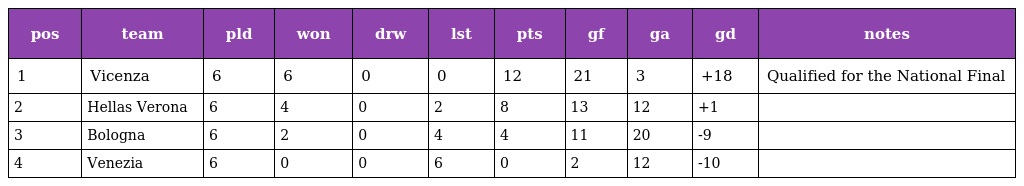
| pos | team | pld | won | drw | lst | pts | gf | ga | gd | notes |
 | --- | --- | --- | --- | --- | --- | --- | --- | --- | --- | --- |
 | 1 | Vicenza | 6 | 6 | 0 | 0 | 12 | 21 | 3 | +18 | Qualified for the National Final |
 | 2 | Hellas Verona | 6 | 4 | 0 | 2 | 8 | 13 | 12 | +1 |  |
 | 3 | Bologna | 6 | 2 | 0 | 4 | 4 | 11 | 20 | -9 |  |
 | 4 | Venezia | 6 | 0 | 0 | 6 | 0 | 2 | 12 | -10 |  |